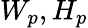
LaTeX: W_{p},H_{p}